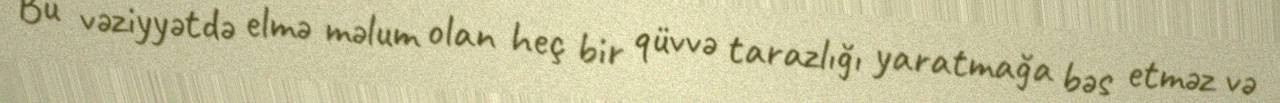
Bu vəziyyətdə elmə məlum olan heç bir qüvvə tarazlığı yaratmağa bəs etməz və